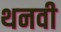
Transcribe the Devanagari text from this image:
थनवी